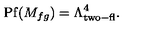
\mathrm { P f } ( M _ { f g } ) = \Lambda _ { \mathrm { t w o - f l } } ^ { 4 } .